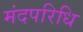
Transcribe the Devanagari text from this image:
मंदपरिधि